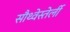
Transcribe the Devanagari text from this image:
सौथ्वेस्तेर्ली